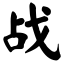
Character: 战